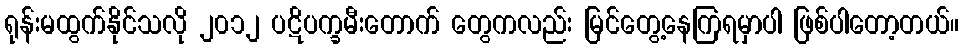
ရုန်းမထွက်နိုင်သလို ၂၀၁၂ ပဋိပက္ခမီးတောက် တွေကလည်း မြင်တွေ့နေကြရမှာပါ ဖြစ်ပါတော့တယ်။